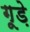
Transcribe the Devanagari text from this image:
गूड़े